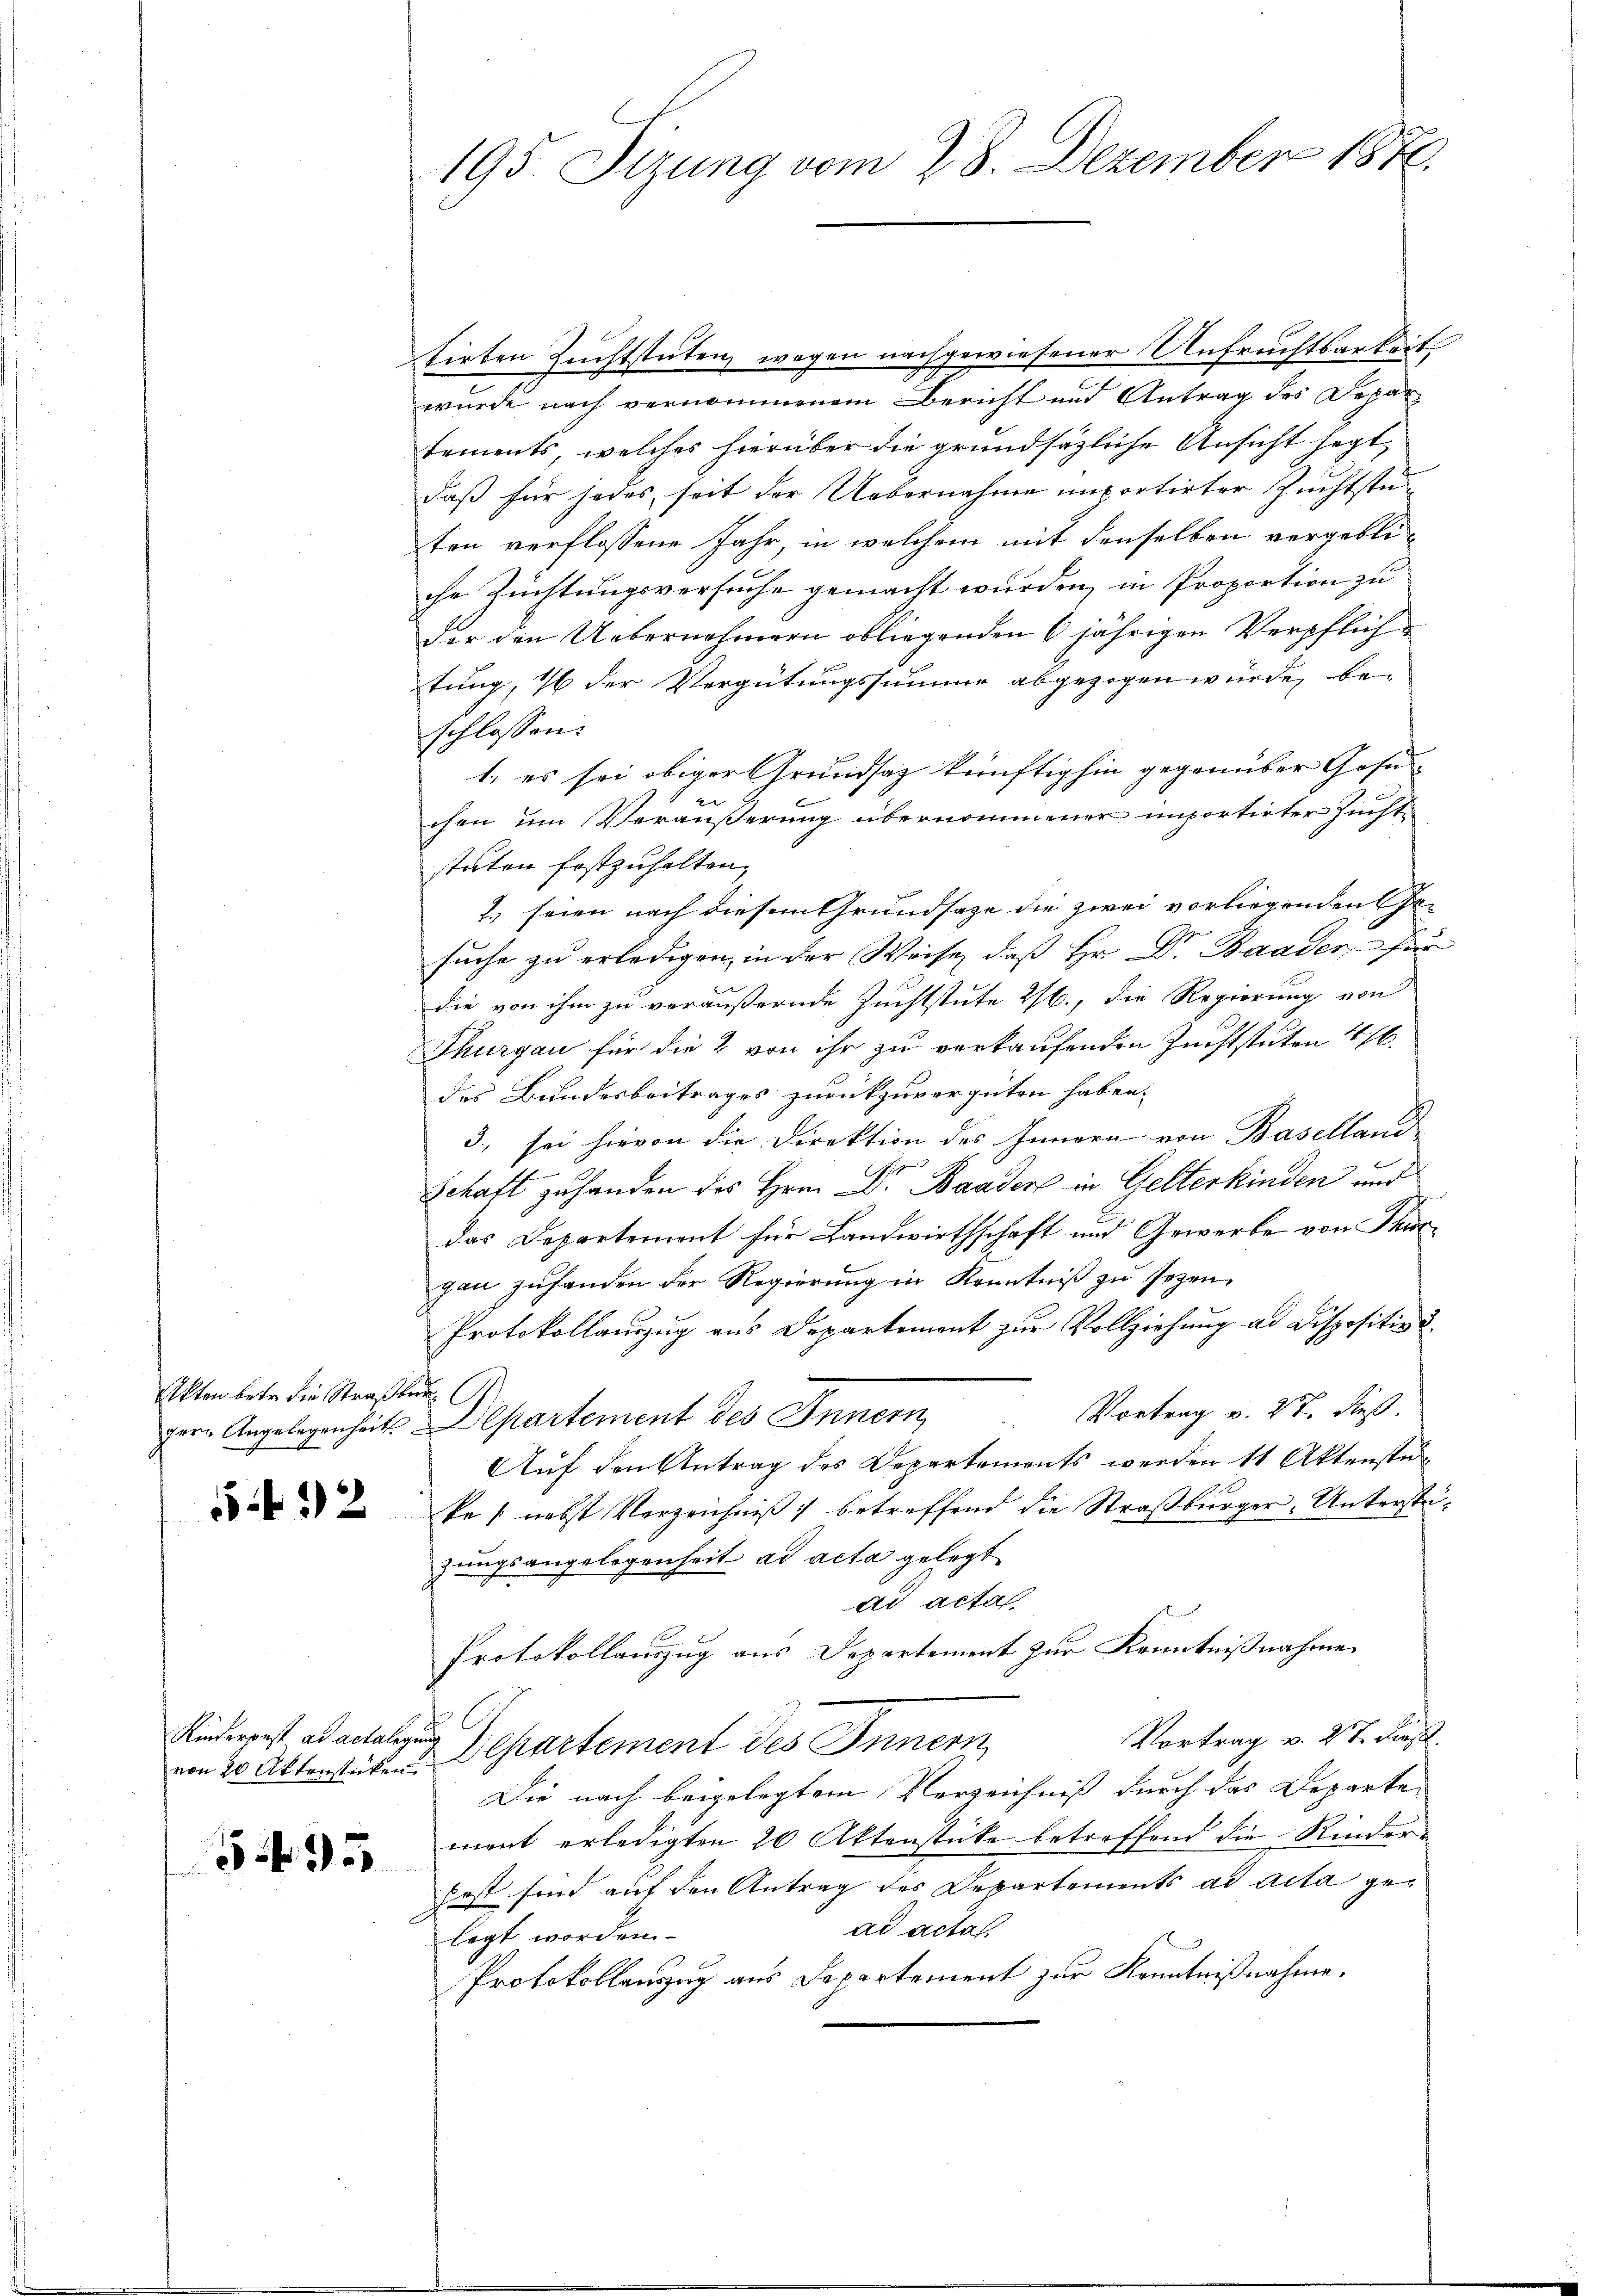
Akten betr. die Straßburg C

532

Kinderpost ad actalegung
von 20 Aktenstücken.

5495

195. Sizung vom 28. Dezember 1870.

tirten Zuchtstuten wegen nachgewiesener Unfruchtbarkeit,
wurde nach vernommenem Bericht und Antrag des Depar
tements, welches hierüber die grundsätzliche Ansicht sagt
daß für jedes, seit der Uebernahme importirter Zuchtste
ten verflossene Jahr, in welchem mit denselben vergebliche Züchtungsversuche gemacht wurden, in Proportion zu
der den Uebernehmern obliegenden 6 jährigen Verpflichtung, 2 der Vergütungssumme abgezogen würde, be-
schlossen:
1. es sei obiger Grundsaz künftighin gegenüber Gesun-
chen um Veräußerung übernommener importirter Zunft
staten festzuhalten,
7. seien nach diesem Grundsaze die zwei vorliegenden Ge-
suche zu erledigen, in der Weise, daß Hr. Dr Baader für
die von ihm zu veräußernde Zuchtstute 2., die Regierung von
Thurgau für die 2 von ihr zu verkaufenden Zuchtstuten 46.
des Bundesbeitrages zurückzuvergüten haben.
3., sei hievon die Direktion des Innern von Baselland
Schaft zu handen des Hrn. Dr Baader in Gelterkinden und
das Departement für Landwirthschaft und Gewerbe von Thurgan zŭ handen der Regierŭng in Kenntniβ zŭ sezen.
Protokollauszug aus Departement zur Vollziehung ad Dispositiv 2.
Vortrag v. 27. dieß
per. Angelegenheits partement des Innern,
Auf den Antrag des Departements werden 11 Aktenstuka /: nebst Verzeichniß betreffend die Straßburger, Unterstüzungsangelegenheit ad acta gelegt
di acta
Protokollauszug aus Departement zur Kenntnißnahme.
Vortrag v. 27. Dies
Departement des Innern,
Die nach beigelegtem Verzeichniß durch das Departe-
ment erledigten 20 Aktenstücke betreffend die Kindere
fast sind auf den Antrag des Departements ad acta gead acta.
legt worden.
Protokollauszug aus Departement zur Kenntnißnahme.